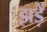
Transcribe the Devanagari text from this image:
झड़ें